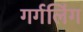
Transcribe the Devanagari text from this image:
गर्गलिंग